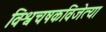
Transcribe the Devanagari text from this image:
विश्वचषकविजेत्या